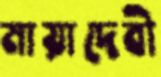
মায়াদেবী